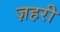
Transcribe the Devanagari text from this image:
ज़हरी